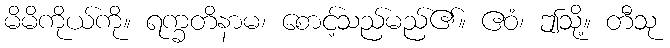
မိမိကိုယ်ကို။ ရက္ခတိနာမ၊ စောင့်သည်မည်၏။ ဧဝံ၊ ဤသို့။ တီသု